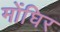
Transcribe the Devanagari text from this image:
मोंघिर